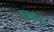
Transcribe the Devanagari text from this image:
इनक्वैरी